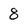
Character: 8